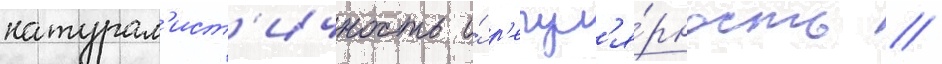
натурал'ист'ичность и́ р'егул'я́рность //